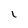
Character: I